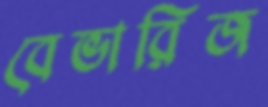
বেভারিজ